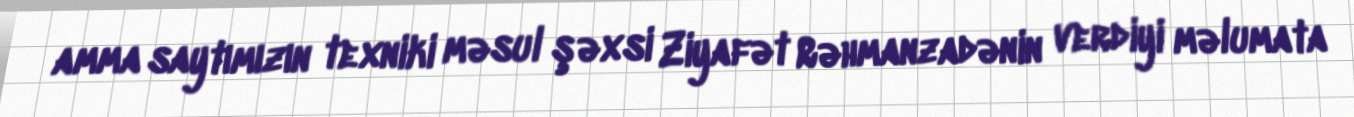
amma saytımızın texniki məsul şəxsi Ziyafət Rəhmanzadənin verdiyi məlumata